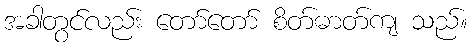
အခါတွင်လည်း တော်တော် စိတ်ဓာတ်ကျ သည်။